Statistics compiled by the Government of India from the reports of provincial Civil Veterinary Departments
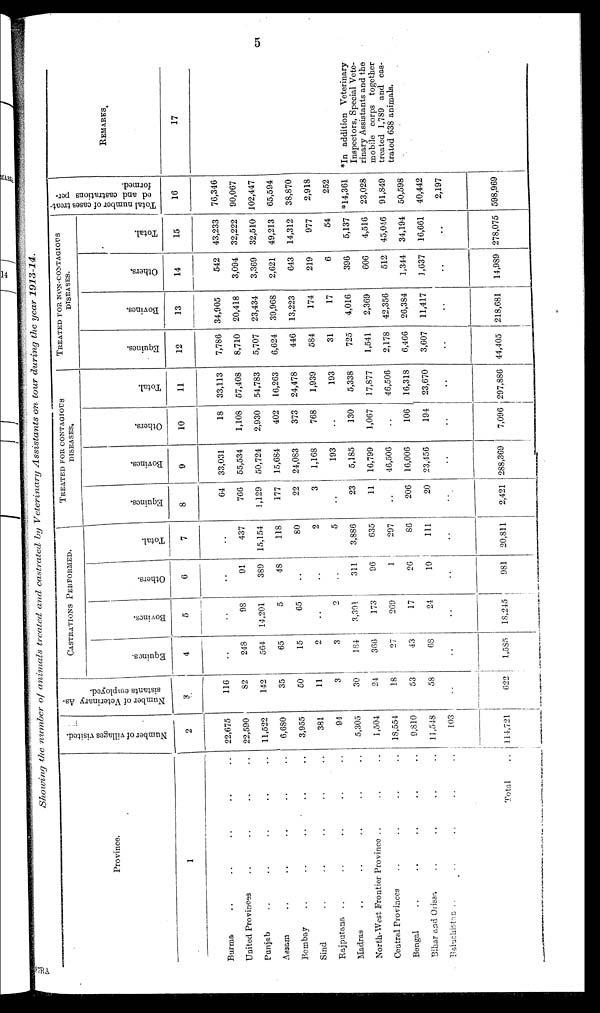
5
Showing the number of animals treated and castrated by Veterinary Assistants on tour during the year 1913-14.
Province.
1
Burma .. .. .. .. ..
United Provinces .. .. .. .. ..
Punjab .. .. .. .. ..
Assam .. .. .. .. ..
Bombay .. .. .. .. ..
Sind .. .. .. .. ..
Rajputana .. .. .. .. ..
Madras .. .. .. .. ..
North-West Frontier Province .. .. ..
Central Provinces .. .. .. .. ..
Bengal .. .. .. .. ..
Bihar and Orissa .. .. .. ..
Baluchistan .. .. .. .. .. ..
Total
..
Number of villages visited.
2
22,675
22,590
11,522
6,680
3,955
381
94
5,305
1,504
18,554
9,810
11,548
103
114,721
Number of Veterinary As-
sistants employed.
3
116
82
142
35
50
11
3
30
24
18
53
58
..
622
CASTHATIONS PEBFOKMED.
Equines.
4
..
248
564
65
15
2
3
184
366
27
43
68
..
1,585
Bovines.
5
..
08
14,201
5
65
..
2
3,301
173
269
17
24
..
18,245
Others.
6
..
91
389
48
..
..
..
311
96
1
26
19
...
981
Total.
7
..
437
15,154
118
80
2
5
3,886
635
207
86
111
..
20,811
TREATED FOR CONTAGIOUS
DISEASES.
Equines.
8
64
766
1,129
177
22
3
..
23
11
..
206
20
..
2,421
Bovines.
9
33,031
55,534
50,724
15,684
24,083
1,168
193
5,185
16,790
46,506
16,006
23,456
..
288,369
Others.
10
18
1,108
2,930
402
373
768
..
130
1,067
..
106
194
..
7,096
Total.
11
33,113
57,408
54,783
16,263
24,478
1,939
193
5,338
17,877
46,506
16,318
23,670
..
297,886
TREATED FOB NON-CONTAGIOUS
DISEASES.
Equines.
12
7,786
8,710
5,707
6,624
446
584
31
725
1,541
2,178
6,466
3,607
..
44,405
Bovincs.
13
34,905
20,418
23,434
39,968
13,223
174
17
4,016
2,369
42,356
26,384
11,417
..
218,681
Others,
14
542
3,094
3,369
2,621
643
219
6
396
606
512
1,344
1,637
..
14,989
Total.
15
43,233
32,222
32,510
49,213
14,312
977
54
5,137
4,516
45,046
34,194
16,661
..
278,075
Total number of eases treat-
ed and castrations per-
formed.
16
76,346
90,067
102,447
65,594
38,870
2,918
252
*14,361
23,028
91,849
50,598
40,442
2,197
598,969
REMARKS
17
*In addition Veterinary
Inspectors, Special Vete-
rinary Assistants and the
mobile corps together
treated 1,789 and cas-
trated 638 animals.
87RA